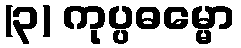
(၃) ကုပ္ပဓမ္မော